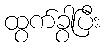
ထွက်ခွာပြီး